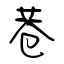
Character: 巷